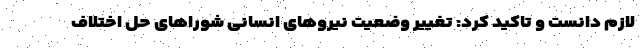
لازم دانست و تاکید کرد: تغییر وضعیت نیروهای انسانی شوراهای حل اختلاف